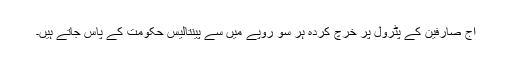
آج صارفین کے پٹرول پر خرچ کردہ ہر سو روپے میں سے پینتالیس حکومت کے پاس جاتے ہیں۔